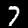
Digit: 7